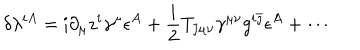
\delta \lambda ^ { i A } = \mathrm { i } \partial _ { \mu } z ^ { i } \gamma ^ { \mu } \epsilon ^ { A } + { \frac { \mathrm { i } } { 2 } } T _ { \bar { \jmath } \mu \nu } \gamma ^ { \mu \nu } g ^ { i \bar { \jmath } } \epsilon ^ { A } + \cdots